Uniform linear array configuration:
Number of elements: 8
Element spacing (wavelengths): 0.25
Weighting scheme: cosine
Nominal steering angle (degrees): -30
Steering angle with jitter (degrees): -28.547
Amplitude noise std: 0.05
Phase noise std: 0.05

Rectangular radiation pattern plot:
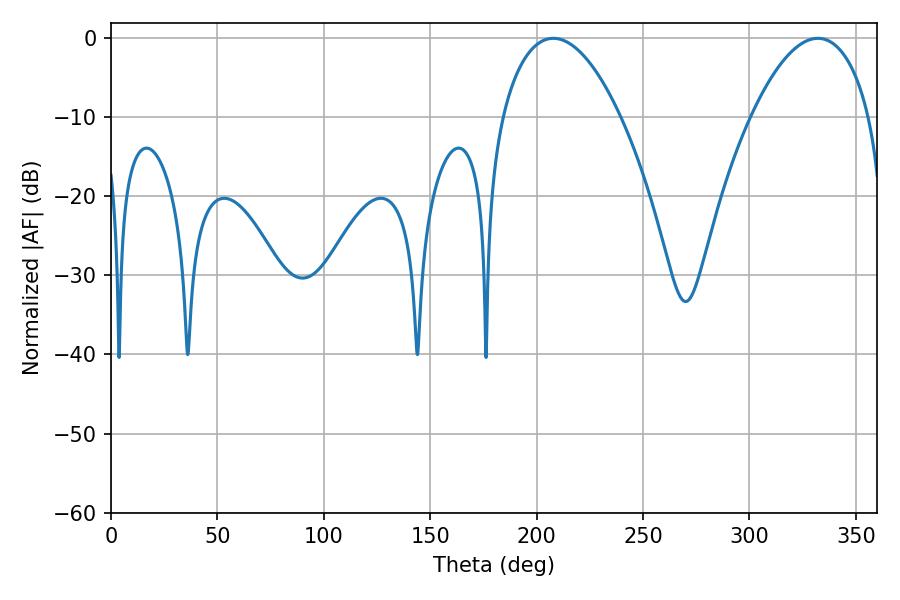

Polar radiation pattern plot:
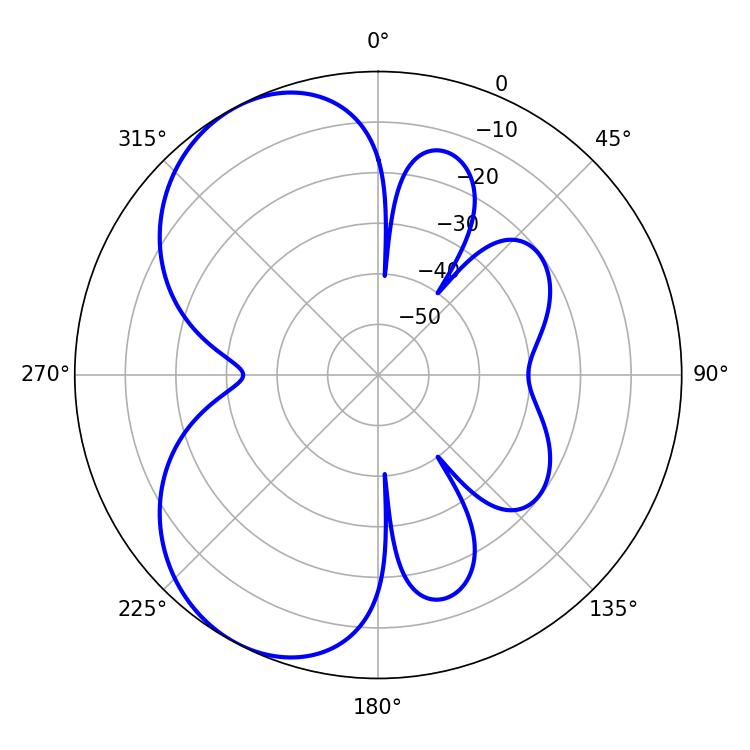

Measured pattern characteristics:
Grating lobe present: FALSE
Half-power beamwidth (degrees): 31.14
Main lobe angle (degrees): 207.9